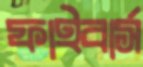
ফাইবার্স